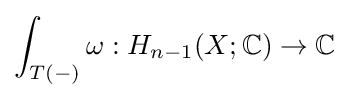
\int _{T(-)}\omega :H_{n-1}(X;\mathbb {C} )\to \mathbb {C}